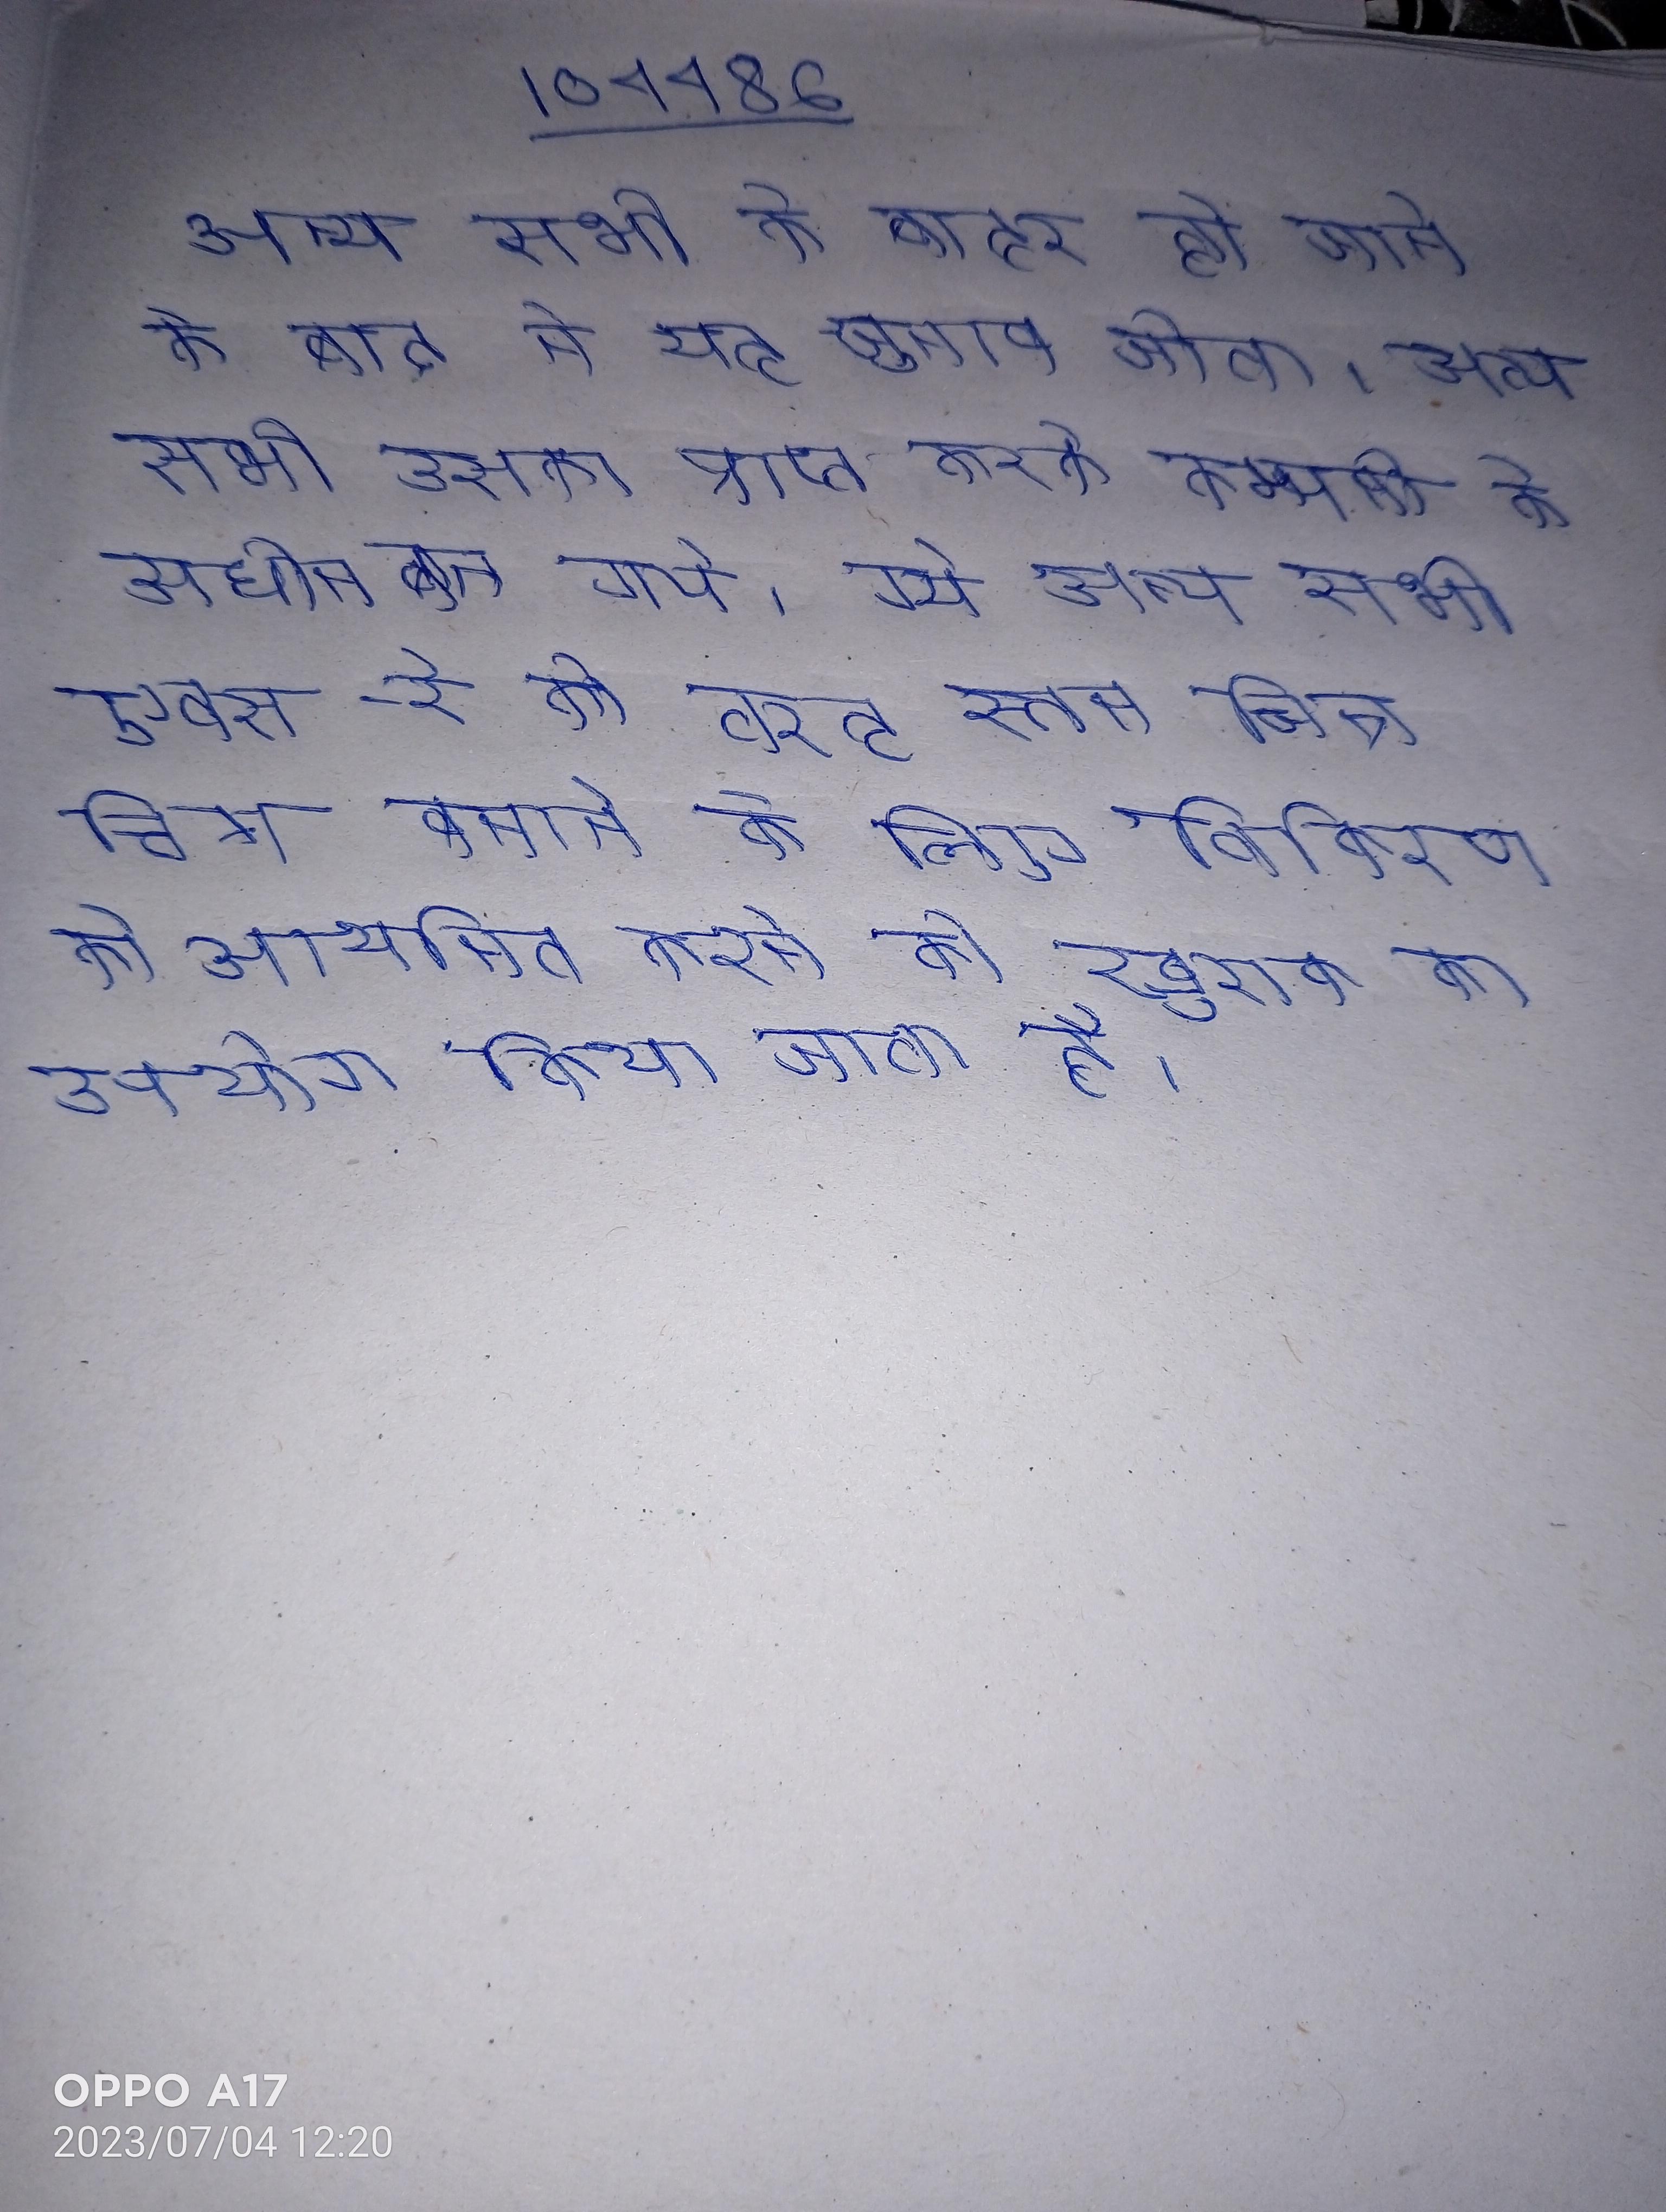
अन्य सभी के बाहर हो जाने के बाद ने यह चुनाव जीता । अन्य सभी उसका प्राप्त करके कम्पनी के अधीन बन गये । अन्य सभी एक्स-रे की तरह स्तन चित्र चित्र बनाने के लिए विकिरण को आयनित करने की खुराक का उपयोग किया जाता है ।